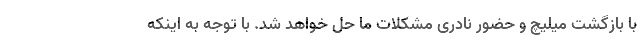
با بازگشت میلیچ و حضور نادری مشکلات ما حل خواهد شد. با توجه به اینکه